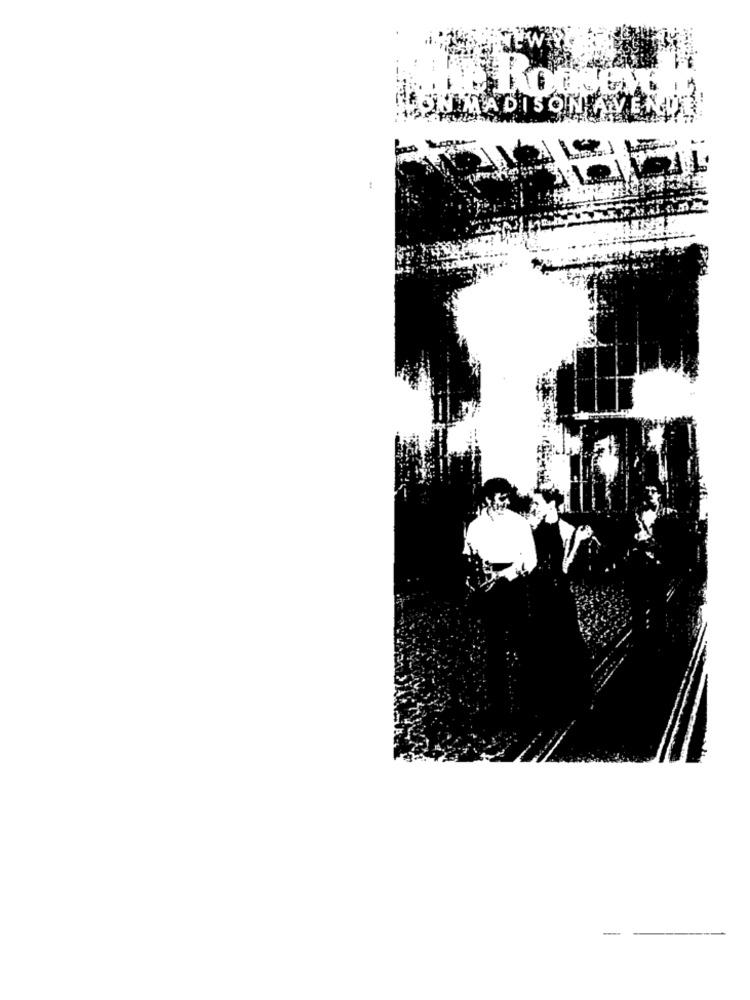
ON MADISONAVEN
-